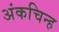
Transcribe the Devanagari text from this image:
अंकचिन्ह